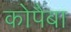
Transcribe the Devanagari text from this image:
कोपैबा